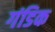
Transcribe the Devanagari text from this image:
गंडिक